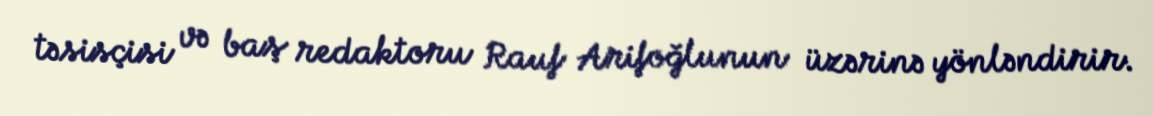
təsisçisi və baş redaktoru Rauf Arifoğlunun üzərinə yönləndirir.